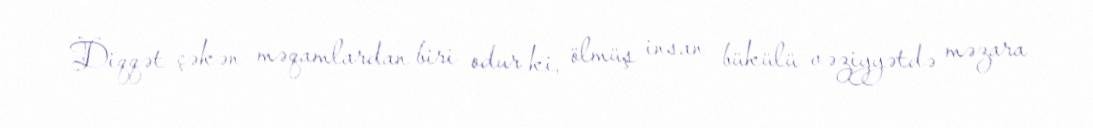
Diqqət çəkən məqamlardan biri odur ki, ölmüş insan bükülü vəziyyətdə məzara